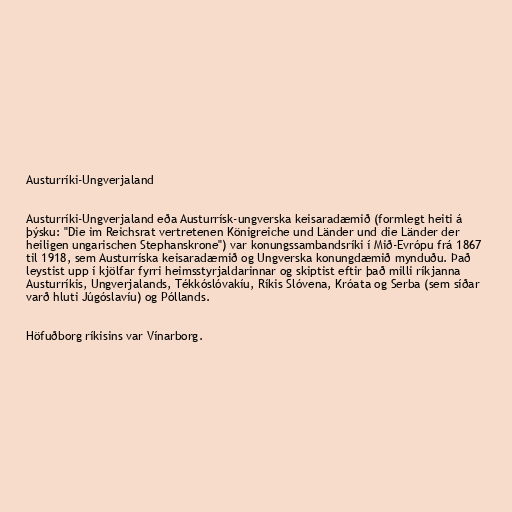
Austurríki-Ungverjaland

Austurríki-Ungverjaland eða Austurrísk-ungverska keisaradæmið (formlegt heiti á
þýsku: "Die im Reichsrat vertretenen Königreiche und Länder und die Länder der
heiligen ungarischen Stephanskrone") var konungssambandsríki í Mið-Evrópu frá 1867
til 1918, sem Austurríska keisaradæmið og Ungverska konungdæmið mynduðu. Það
leystist upp í kjölfar fyrri heimsstyrjaldarinnar og skiptist eftir það milli ríkjanna
Austurríkis, Ungverjalands, Tékkóslóvakíu, Ríkis Slóvena, Króata og Serba (sem síðar
varð hluti Júgóslavíu) og Póllands.

Höfuðborg ríkisins var Vínarborg.